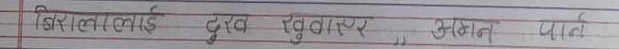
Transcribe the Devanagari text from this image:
बिरालालाई दुख खुवाएर आनन्द पाउन